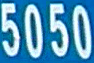
5050